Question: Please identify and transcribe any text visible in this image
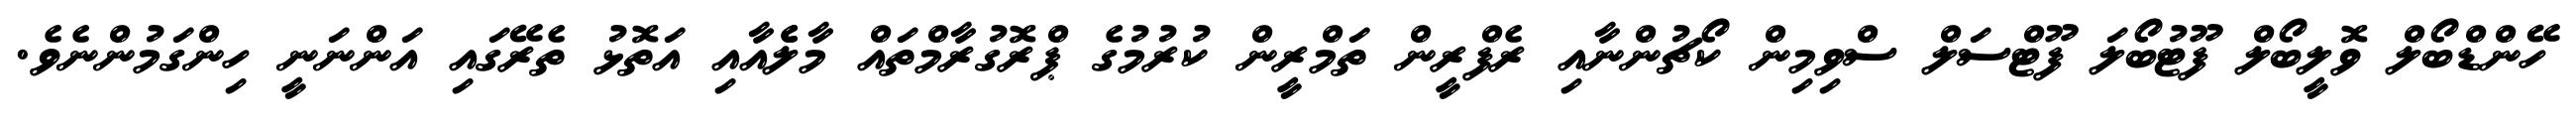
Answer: ހޭންޑްބޯލް ވޮލީބޯލް ފޫޓުބޯލަ ފޫޓްސަލް ސްވިމިން ކޯޗުންނާއި ރެފްރީން ތަމްރީން ކުރުމުގެ ޕްރޮގުރާމްތައް މާލެެއާއި އަތޮޅު ތެރޭގައި އަންނަނީ ހިންގަމުންނެވެ.